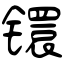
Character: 镮